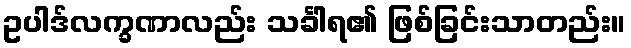
ဥပါဒ်လက္ခဏာလည်း သင်္ခါရ၏ ဖြစ်ခြင်းသာတည်း။